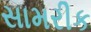
સામરીક